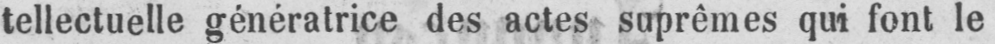
tellectuelle génératrice des actes suprêmes qui font le